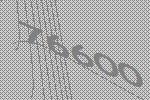
76600